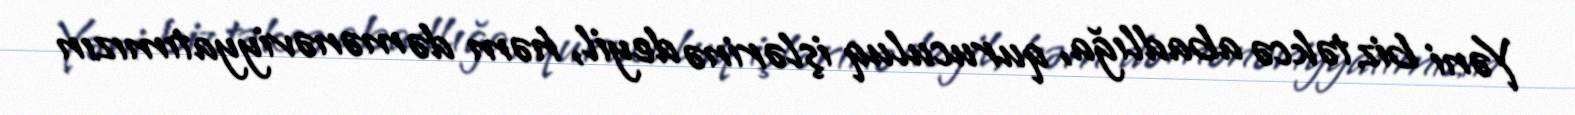
Yəni biz təkcə abadlığa, quruculuq işlərinə deyil, həm də mənəviyyatımızın